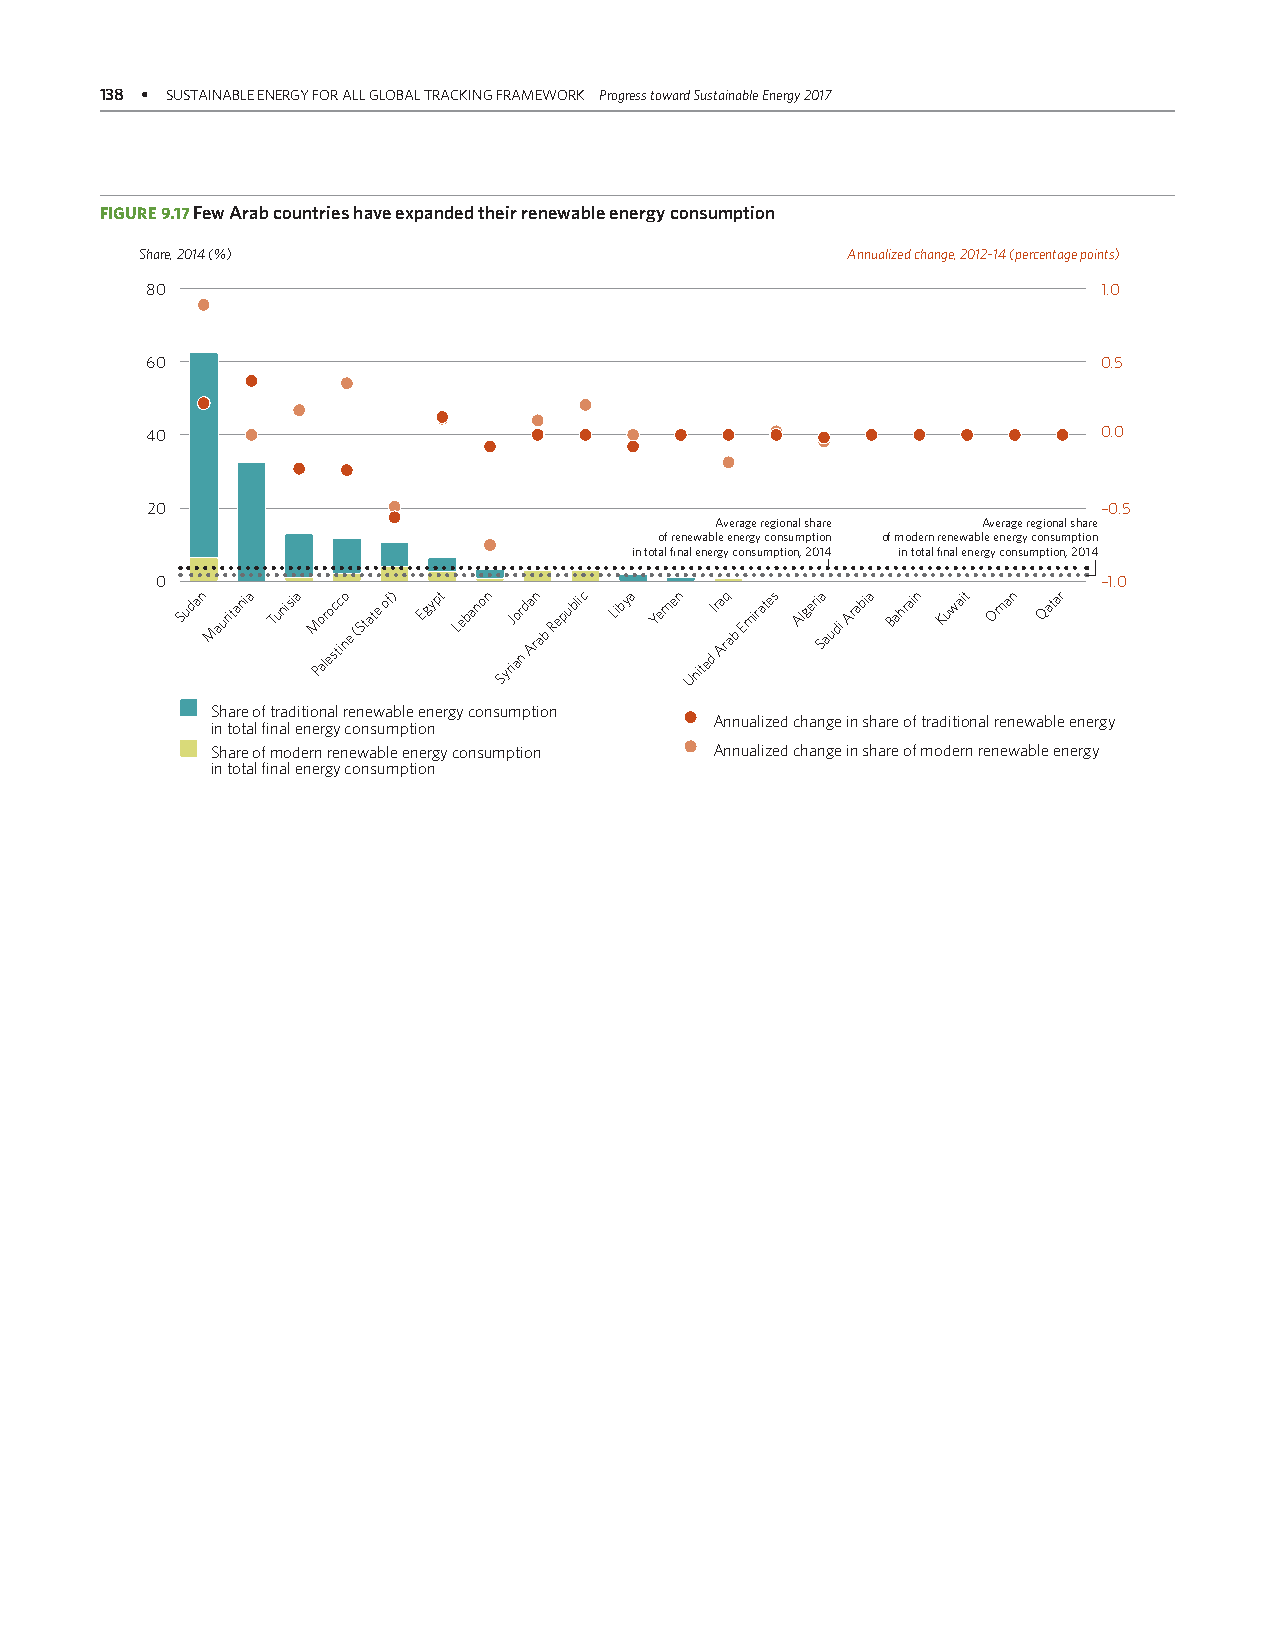
138 • SUSTAINABLE ENERGY FOR ALL GLOBAL TRACKING FRAMEWORK Progress toward Sustainable Energy 2017
 FIGURE 9.17 Few Arab countries have expanded their renewable energy consumption
 Share, 2014 (%)                                Annualized change, 2012–14 (percentage points)
 80                                                             1.0
 60                                                             0.5
 40                                                             0.0
 20                                                             –0.5
 Average regional share Average regional share
 of renewable energy consumption of modern renewable energy consumption
 in total final energy consumption, 2014 in total final energy consumption, 2014
 0                                                              –1.0
 Sudan Mauritania Tunisia M Po alr eo sc tic no
 e
 (State of) Egypt Lebanon SyriJ aor
 n
 da Arn
 ab
 Republic Libya Yemen UnitedI ra Arq
 ab
 Emirates Algeri Sa audi Arabia Bahrain Kuwait Oman Qatar
 Share of traditional renewable energy consumption
 Annualized change in share of traditional renewable energy
 in total final energy consumption
 Share of modern renewable energy consumption Annualized change in share of modern renewable energy
 in total final energy consumption